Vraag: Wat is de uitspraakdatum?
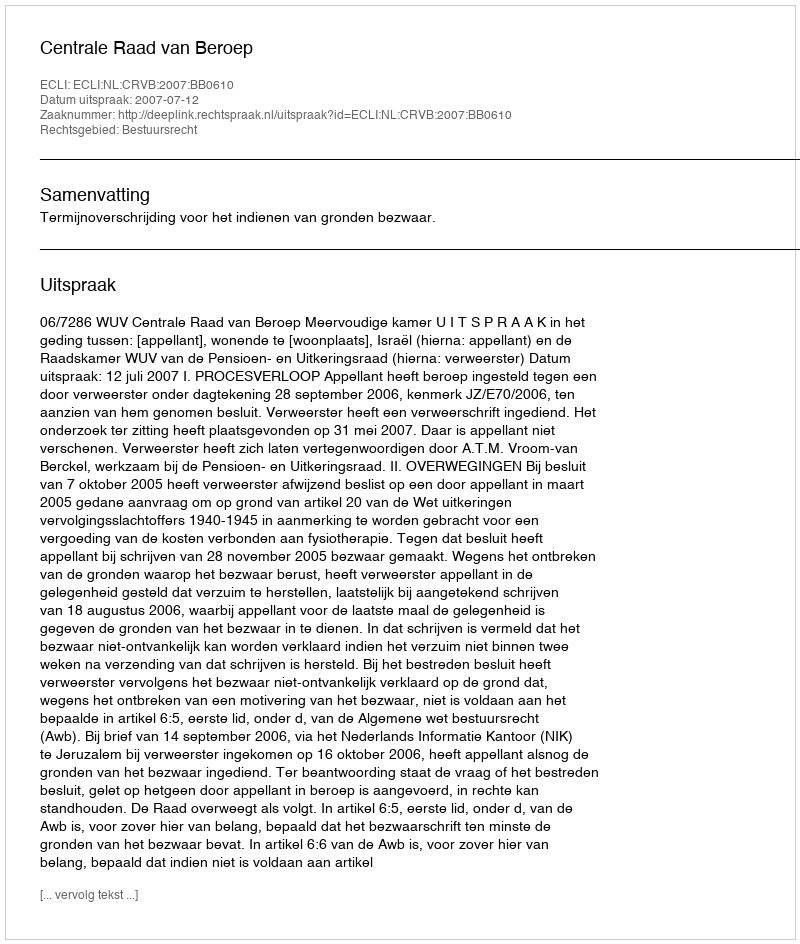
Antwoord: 2007-07-12